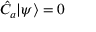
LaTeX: { \hat { C } } _ { a } \vert \psi \rangle = 0